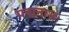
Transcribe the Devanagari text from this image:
पद्मनाभः